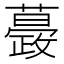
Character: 𧁎